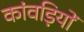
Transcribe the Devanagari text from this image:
कांवड़ियों